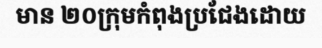
មាន ២០ក្រុមកំពុងប្រជែងដោយ